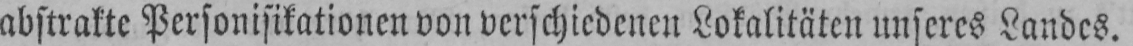
abstrakte Personifikationen von verschiedenen Lokalitäten unseres Landes.